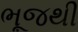
ભૂજથી